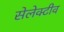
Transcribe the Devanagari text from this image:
सेलेक्टीव